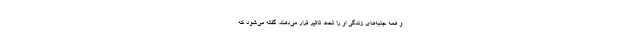
و همه جنبه‌های زندگی او را تحت تاثیر قرار می‌دهند. گفته می‌شود که